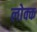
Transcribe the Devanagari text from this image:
लोक्क